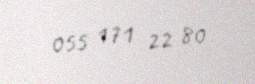
055 171 22 80